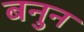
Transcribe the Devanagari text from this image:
बनुन